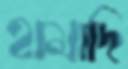
হামাদি